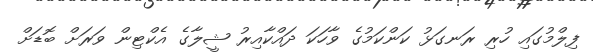
ފިލްމުގައި ހުރި ރަނގަޅު ކަންކަމުގެ ވާހަކަ ދައްކާއިރު ޝީލާގެ އެކްޓިން ވަރަށް ބޮޑަށް